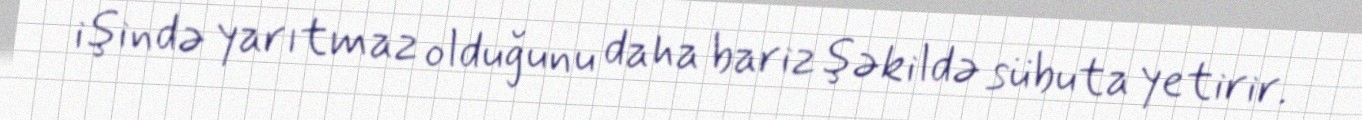
işində yarıtmaz olduğunu daha bariz şəkildə sübuta yetirir.